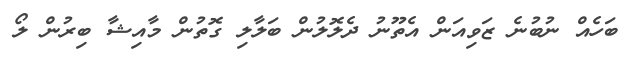
ބަހެއް ނުބުނެ ޒަވިއަން އެތޫނު ދެލޮލުން ބަލާލި ގޮތުން މާއިޝާ ބިރުން ލޯ